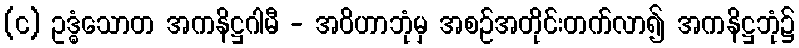
(င) ဥဒ္ဓံသောတ အကနိဋ္ဌဂါမီ - အဝိဟာဘုံမှ အစဉ်အတိုင်းတက်လာ၍ အကနိဋ္ဌဘုံ၌